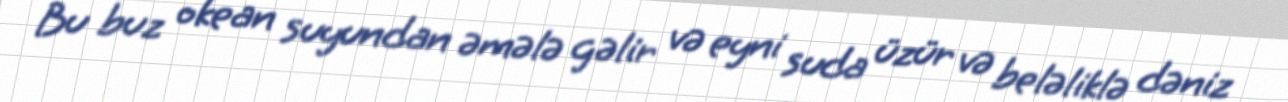
Bu buz okean suyundan əmələ gəlir və eyni suda üzür və beləliklə dəniz